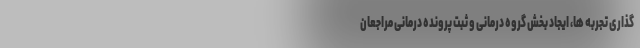
گذاری تجربه ها، ایجاد بخش گروه درمانی و ثبت پرونده درمانی مراجعان